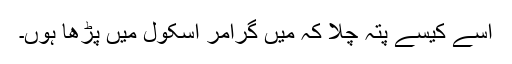
اسے کیسے پتہ چلا کہ میں گرامر اسکول میں پڑھا ہوں۔